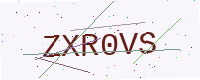
Text: ZXR0VS